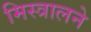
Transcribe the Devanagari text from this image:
मिस्त्रालने